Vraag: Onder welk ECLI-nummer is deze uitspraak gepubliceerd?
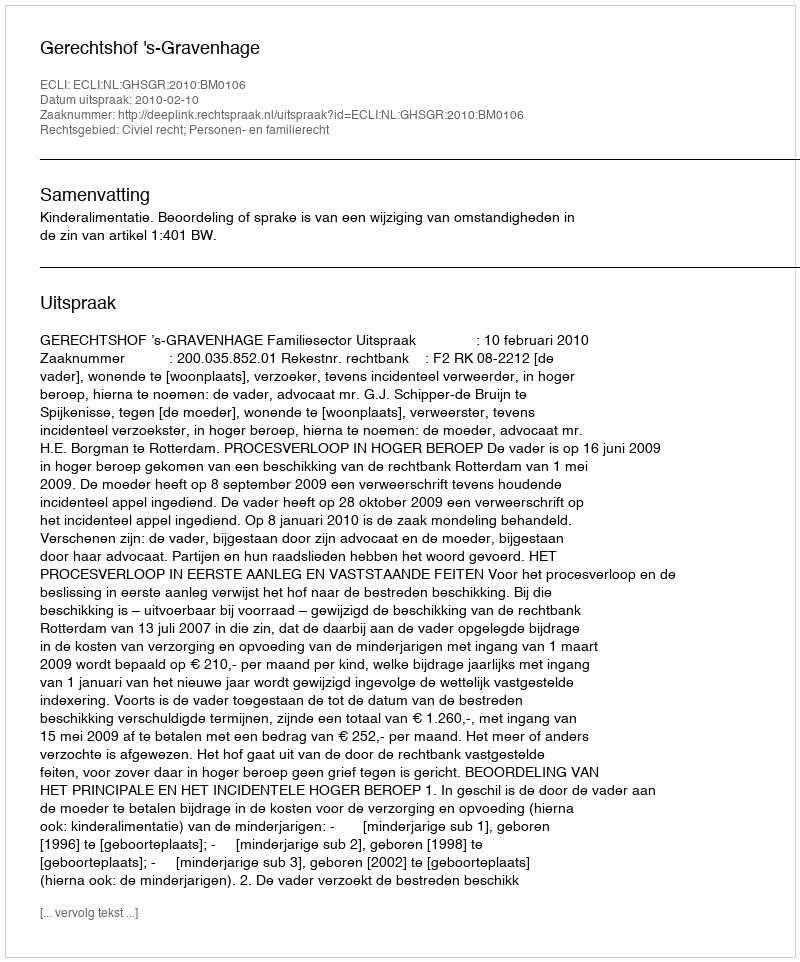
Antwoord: ECLI:NL:GHSGR:2010:BM0106